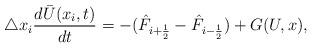
LaTeX: \begin{align*} \triangle x_i \frac{d\bar{U}(x_i,t)}{dt} = -(\hat{F}_{i+\frac{1}{2}}-\hat{F}_{i-\frac{1}{2}}) +G(U,x),\end{align*}